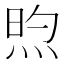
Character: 𬊏